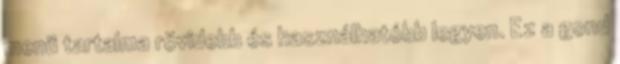
menü tartalma rövidebb és használhatóbb legyen. Ez a gond